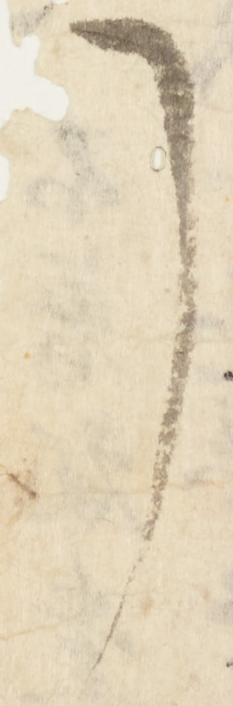
了